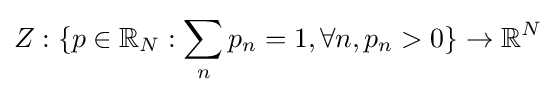
Z:\{p\in \mathbb {R} _{N}:\sum _{n}p_{n}=1,\forall n,p_{n}>0\}\to \mathbb {R} ^{N}